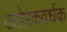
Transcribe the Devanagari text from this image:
उत्प्रेरकवर्धक